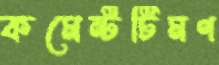
কমেন্টটিমণ